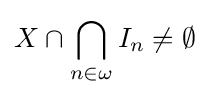
X\cap \bigcap _{n\in \omega }I_{n}\neq \emptyset